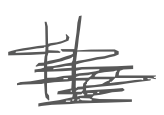
Text: He
Cross-out: mix
Writing tool: digital_gray